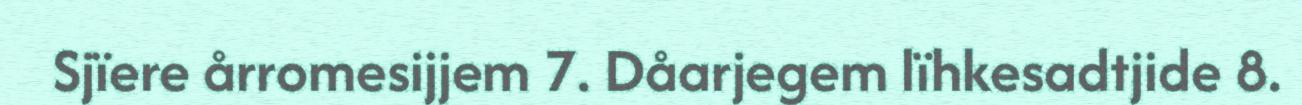
Sjïere årromesijjem 7. Dåarjegem lïhkesadtjide 8.